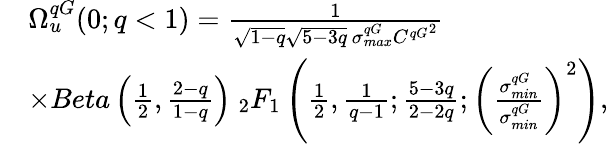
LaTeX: \begin{array}{rl}&{\Omega_{u}^{qG}(0;q<1)=\frac{1}{\sqrt{1-q}\sqrt{5-3q}\, \sigma_{max}^{qG}{C^{qG}}^{2}}}\\ &{\times Beta\left(\frac{1}{2},\frac{2-q}{1-q}\right)\ _{2}F_{1}\left(\frac{1}{2},\frac{1}{q-1};\frac{5-3q}{2-2q};\left(\frac{\sigma_{min}^{qG}}{\sigma_{min}^{qG}}\right)^{2}\right),}\end{array}